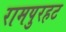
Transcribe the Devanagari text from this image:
रामपुरहट